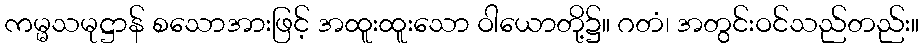
ကမ္မသမုဋ္ဌာန် စသောအားဖြင့် အထူးထူးသော ဝါယောတို့၌။ ဂတံ၊ အတွင်းဝင်သည်တည်း။